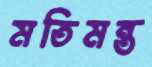
মতিমন্ত